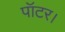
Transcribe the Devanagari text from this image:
पॉटर।